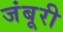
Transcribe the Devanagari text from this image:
जंबूरी